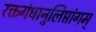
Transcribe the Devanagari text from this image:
रक्तगंधानुलिप्तांगम्